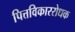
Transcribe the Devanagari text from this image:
पित्तविकाररोधक